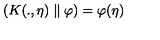
\left( K ( . , \eta ) \parallel \varphi \right) = \varphi ( \eta )